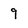
Character: 9